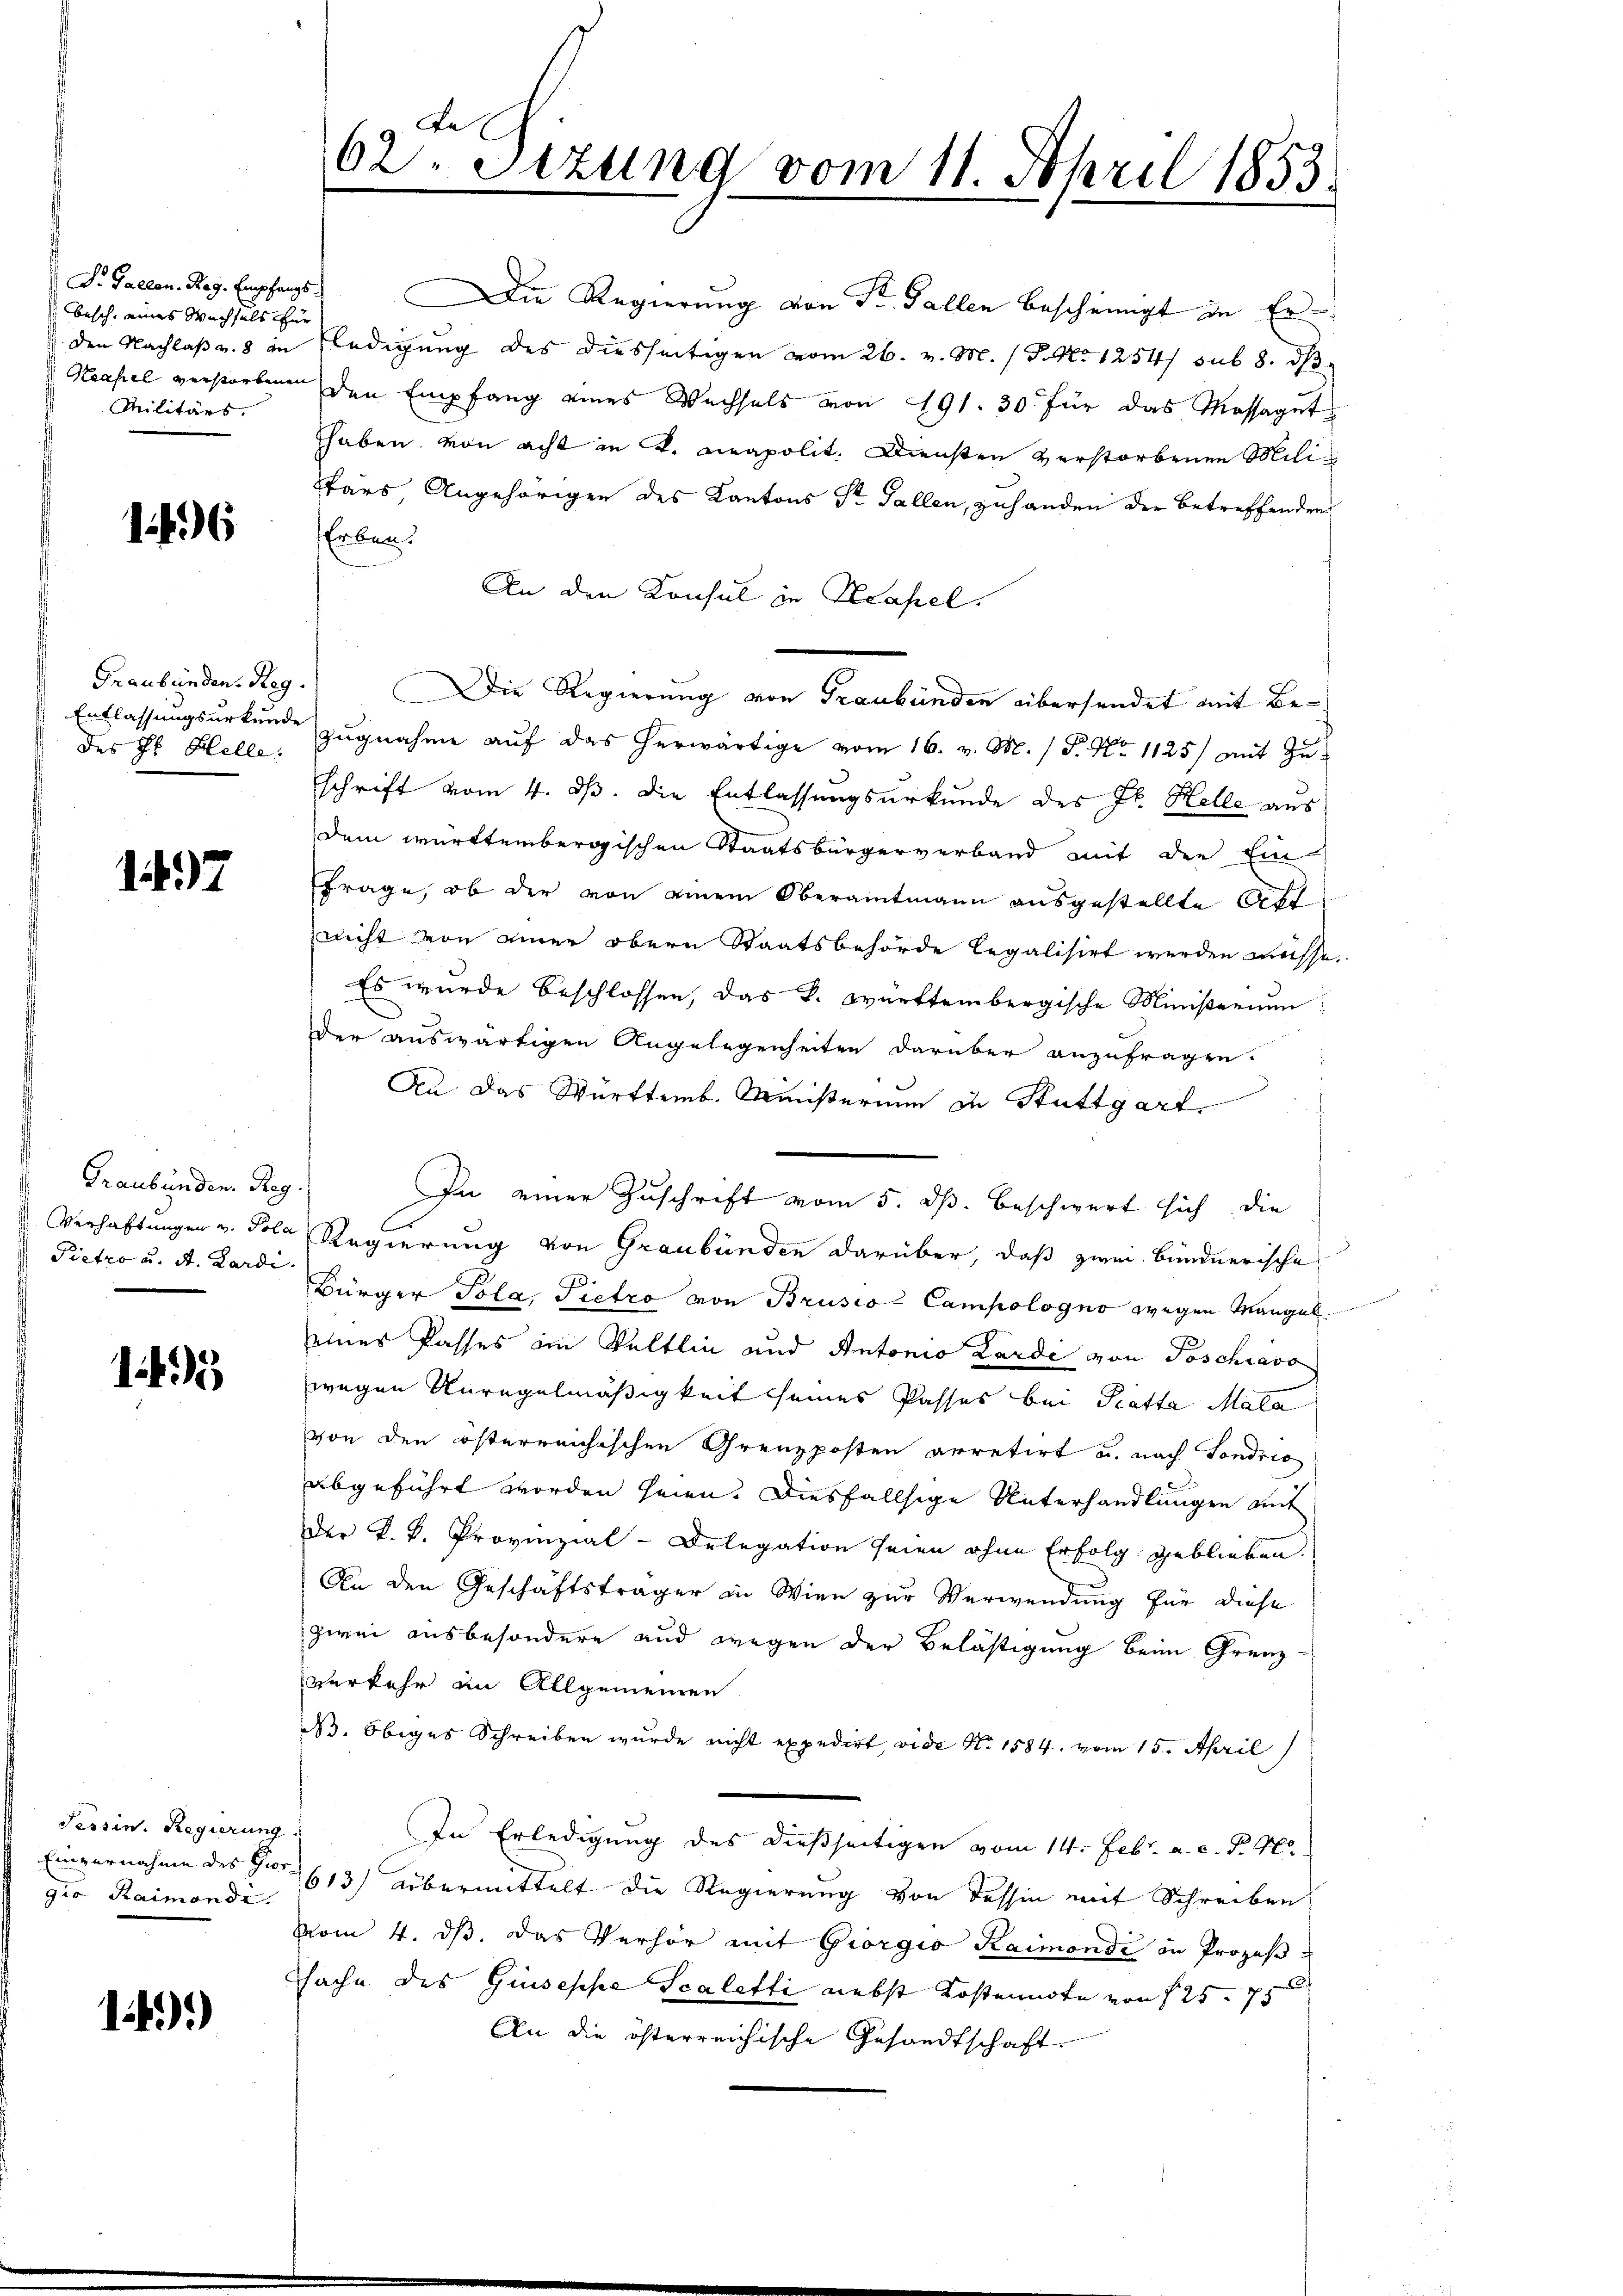
S. Gallen. Reg. Empfangs
Besch, eines Wechsels für
den Nachlaß v. 8 an
Militärs.

16

Graubünden. Reg.
des Hr. Helle:

147

Graubünden. Reg
Verhaftungen v. Pola
 Pietzo u. A. Lardi.

145

Tessin. Regierung
Einvernahme des Gior
gia Raimonde.

14)

Le
62. Sizung vom 11. April 1853.

ie Regierung von St. Gallen bescheinigt in Erledigung des diesseitigen vom 26. v. M. (T. No 1254/ sub 8. ds
Neapel verstorbenen den Empfang eines Wechsels von 191. 30 für das Massagut
haben von acht in K. Neapolit. Diensten verstorbenen Mili¬
Phars Angehörigen des Kantons Sr. Gallen, zuhanden der betreffenden
Erben.
An den Konsul in Neapel.
Entlassungsurkunde zugnahme auf das herwärtige vom 16. v. M. / P. Nr. 1125) mit Zuschrift vom 4. dß. Die Entlassungsurkunde des Jb. Helle aus
dem württembergischen Staatsbürgerverband mit der Ein-
frage, ob der von einem Oberamtmann ausgestellte Atte
nicht von einer obern Staatsbehörde legalisirt werden müsse.
Es wurde beschlossen, das k. württembergische Ministerium
Der auswärtigen Angelegenheiten darüber anzufragen.
An das Württemb. Ministerium in Stuttgart
In einer Zuschrift vom 5. ds. beschwert sich die
Regierung von Graubünden darüber, daß zwei Bündnerische
Bürger Pola, Pietro von Brusio Campologno wegen Mangel
eines Passes im Veltlin und Antonio Kardi von Poschiavo
wegen Unregelmäßigkeit seines Passes bei Pratte Mala
von den österreichischen Grenzposten arretirt u. nach Sondrio
abgeführt worden seien. Diesfallsige Unterhandlungen mit
Der K. K. Provinzial-Delegation seien ohne Erfolg geblieben.
An den Geschäftsträger in Wien zur Verwendung für diese
zwei ausbesondere und wegen der Belästigung beim Grenz-
verkehr im Allgemeinen
B. Obiges Schreiben wurde nicht expedirt, vide No 1584. vom 15. April
In Erledigung des dießseitigen vom 14. Febr. a. c. P. 46
613) Übermittelt die Regierung von dessin mit Schreiben
vom 4. ds. das Verhör mit Giorgio Kaimondi in Prozess
sache des Giuseppe Scaletti nebst Kostennote von 125. 75
An die österreichische Gesandtschaft

Die Regierung von Graubünden übersendet mit Be¬